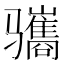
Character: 𫘱